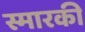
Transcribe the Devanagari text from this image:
स्मारकी